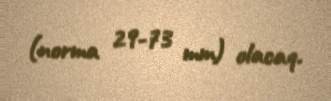
(norma 29-73 mm) olacaq.